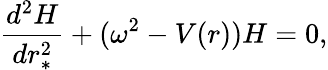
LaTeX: \frac{d^{2}H}{dr_{*}^{2}}+(\omega^{2}-V(r))H=0,